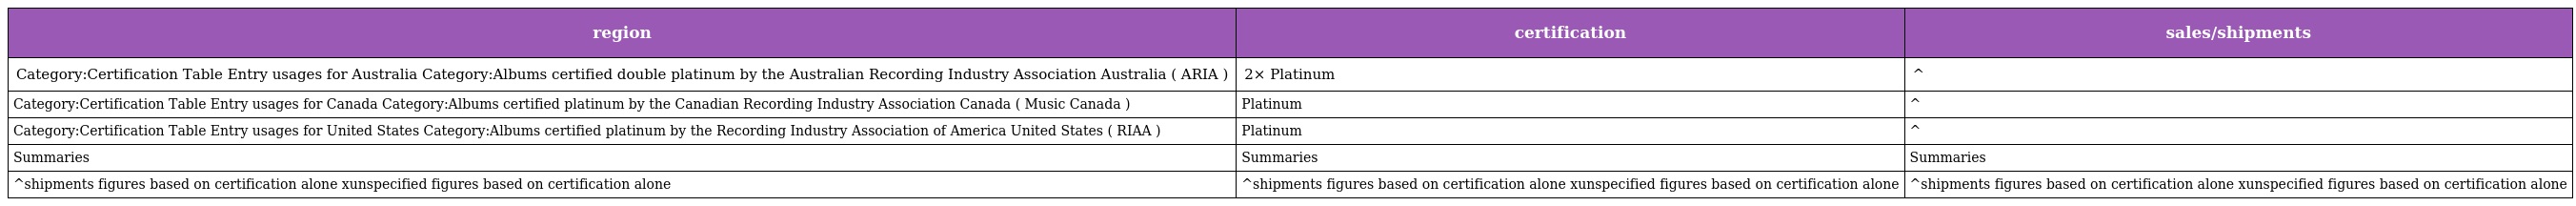
| region | certification | sales/shipments |
 | --- | --- | --- |
 | Category:Certification Table Entry usages for Australia Category:Albums certified double platinum by the Australian Recording Industry Association Australia ( ARIA ) | 2× Platinum | ^ |
 | Category:Certification Table Entry usages for Canada Category:Albums certified platinum by the Canadian Recording Industry Association Canada ( Music Canada ) | Platinum | ^ |
 | Category:Certification Table Entry usages for United States Category:Albums certified platinum by the Recording Industry Association of America United States ( RIAA ) | Platinum | ^ |
 | Summaries | Summaries | Summaries |
 | ^shipments figures based on certification alone xunspecified figures based on certification alone | ^shipments figures based on certification alone xunspecified figures based on certification alone | ^shipments figures based on certification alone xunspecified figures based on certification alone |